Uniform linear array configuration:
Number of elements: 8
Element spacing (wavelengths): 0.75
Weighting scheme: hann
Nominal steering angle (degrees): -60
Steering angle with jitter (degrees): -58.37
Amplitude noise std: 0.05
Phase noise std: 0.05

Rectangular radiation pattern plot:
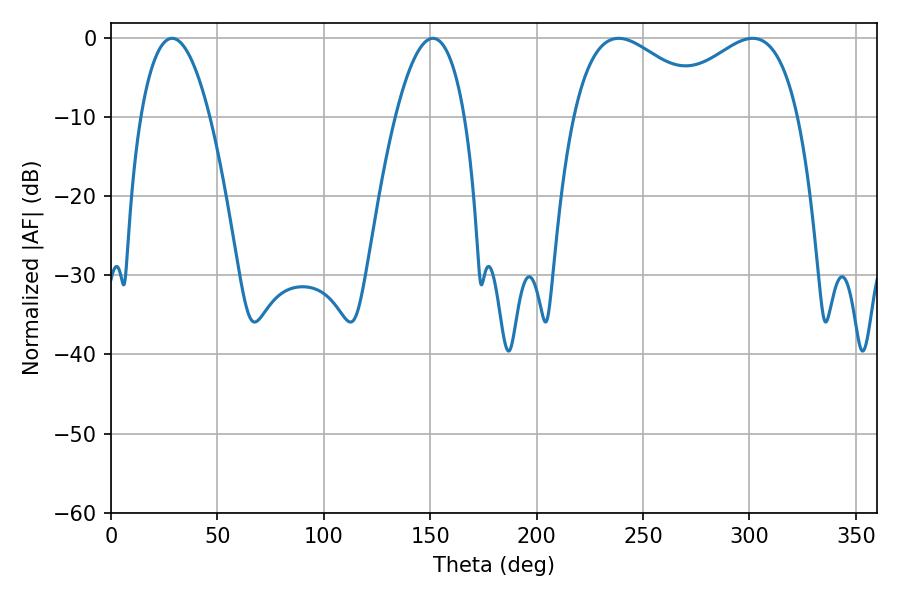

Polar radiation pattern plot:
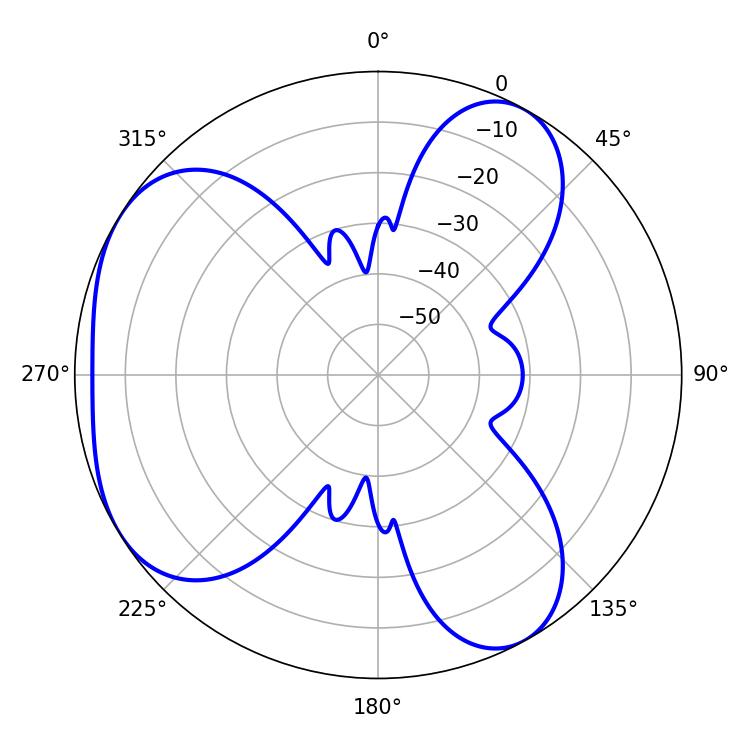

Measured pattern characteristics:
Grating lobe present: TRUE
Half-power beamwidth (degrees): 36.18
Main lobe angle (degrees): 238.5